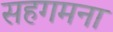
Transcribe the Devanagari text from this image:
सहगमना